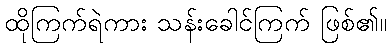
ထိုကြက်ရဲကား သန်းခေါင်ကြက် ဖြစ်၏။